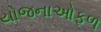
યોજનાઓફળ